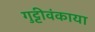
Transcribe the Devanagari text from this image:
गुट्टीवंकाया